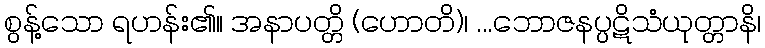
စွန့်သော ရဟန်း၏။ အနာပတ္တိ (ဟောတိ)၊ ...ဘောဇနပ္ပဋိသံယုတ္တာနိ၊